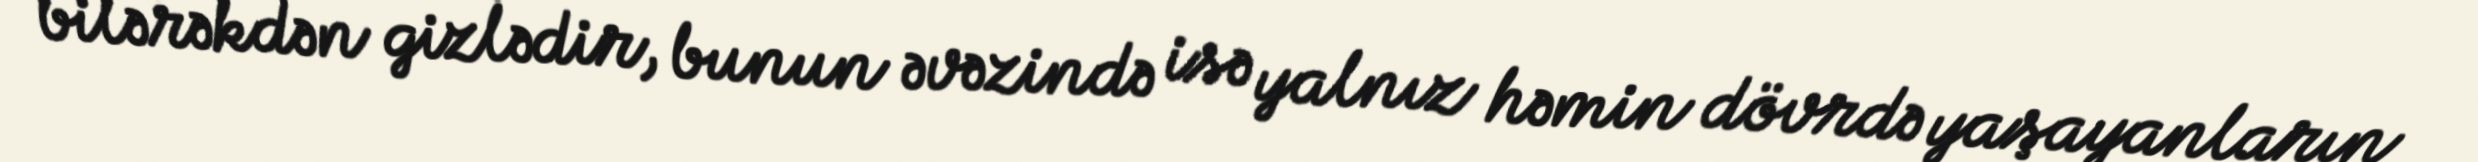
bilərəkdən gizlədir, bunun əvəzində isə yalnız həmin dövrdə yaşayanların